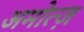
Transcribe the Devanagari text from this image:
अमोत्ज़